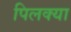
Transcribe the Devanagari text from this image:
पिलक्या